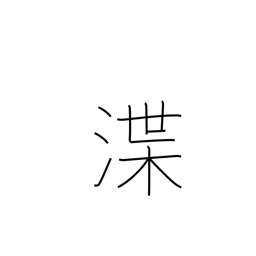
Meaning: dredging